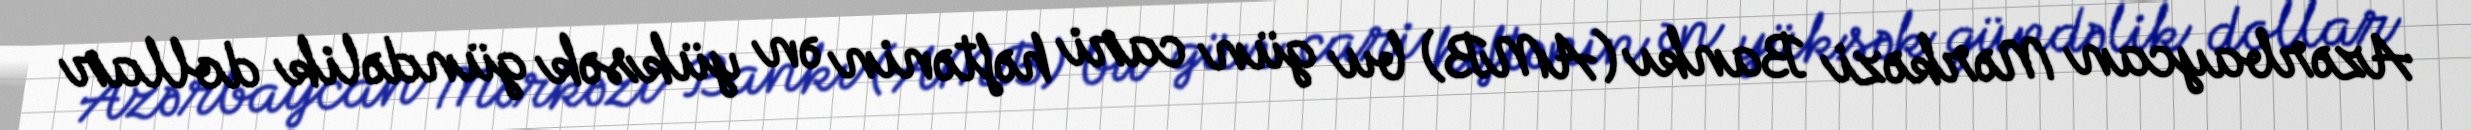
Azərbaycan Mərkəzi Bankı (AMB) bu gün cari həftənin ən yüksək gündəlik dollar